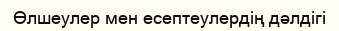
Өлшеулер мен есептеулердің дәлдігі